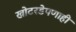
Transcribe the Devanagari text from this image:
खोटरडेपणाही